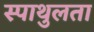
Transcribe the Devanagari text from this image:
स्पाथुलता